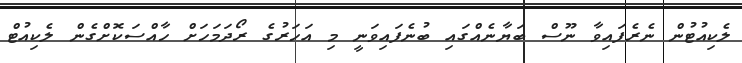
ލެކިއުޓުން ނެރެފައިވާ ނޫސް ބަޔާނެއްގައި ބުނެފައިވަނީ މި އަހަރުގެ ރޯދަމަހަށް ހާއްސަކޮށްގެން ލެކިއުޓް